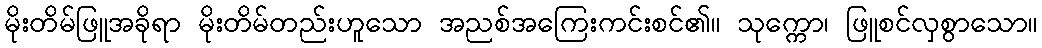
မိုးတိမ်ဖြူအခိုရာ မိုးတိမ်တည်းဟူသော အညစ်အကြေးကင်းစင်၏။ သုက္ကော၊ ဖြူစင်လှစွာသော။